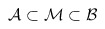
\begin{align*}\mathcal{A}\subset \mathcal{M}\subset \mathcal{B}\end{align*}